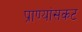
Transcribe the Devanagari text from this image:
प्राण्यांसकट